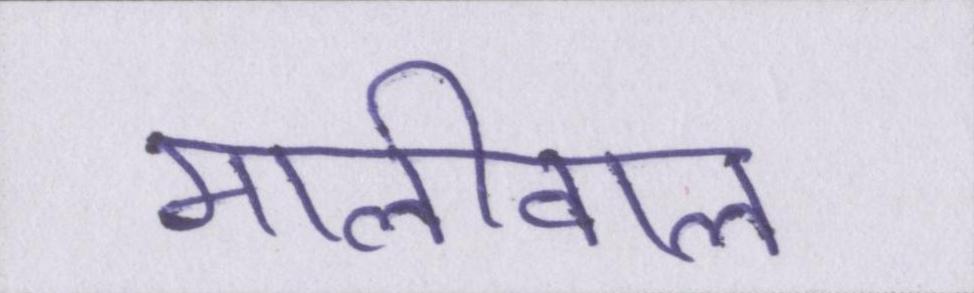
मालीवाल